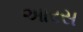
આરસ